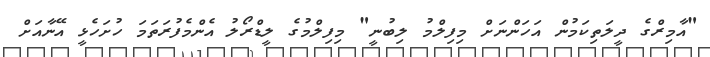
"އާމިރްގެ ދީލަތިކަމުން އަހަންނަށް މިފިލްމު ލިބުނީ" މިފިލްމުގެ ލީޑްރޯލު އެންމެފުރަތަމަ ހުށަހެޅީ އޭނާއަށް